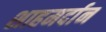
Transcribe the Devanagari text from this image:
शाहमर्दान